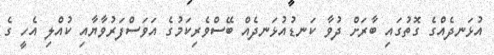
އުޅަނދެއްގެ ގޮތުގައި ބާރަށް ދުވާ ކަނޑުއުޅަނދެއް ބޭސްވެރިކަމުގެ އަވަސްފަރުވާޔާއި ކުއްލި އެހީ ގެ